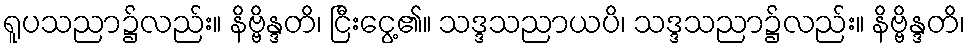
ရူပသညာ၌လည်း။ နိဗ္ဗိန္ဒတိ၊ ငြီးငွေ့၏။ သဒ္ဒသညာယပိ၊ သဒ္ဒသညာ၌လည်း။ နိဗ္ဗိန္ဒတိ၊